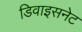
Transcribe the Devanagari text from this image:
डिवाइसनेट